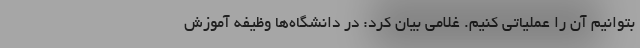
بتوانیم آن را عملیاتی کنیم. غلامی بیان کرد: در دانشگاه‌ها وظیفه آموزش